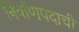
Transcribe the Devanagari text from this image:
निर्वाणपदाची